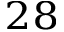
^ { 2 8 }